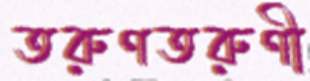
তরুণতরুণী